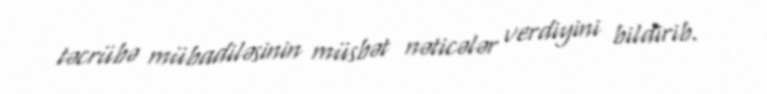
təcrübə mübadiləsinin müsbət nəticələr verdiyini bildirib.